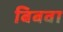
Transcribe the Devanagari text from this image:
बिबवा